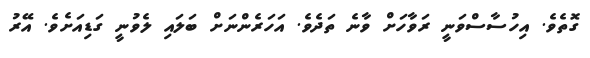
ގޮތެވެ. އިހުސާސްވަނީ ރަވާހަށް ވާނެ ތަދެވެ. އަހަރެންނަށް ބަލައި ލެވުނީ ގަޑިއަށެވެ. އޭރު